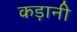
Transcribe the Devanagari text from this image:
कड़ानी